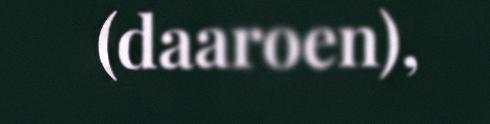
(daaroen),